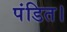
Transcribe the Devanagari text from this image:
पंडित।